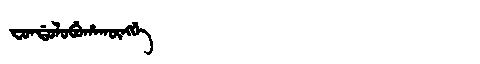
Manchu: ᠸᠣᠨᡩᠣᠯᠣᠪᡠᡥᠠᡴᡡᠩᡤᡝ
Romanization: FONDOLOBUHAKŪNGGE